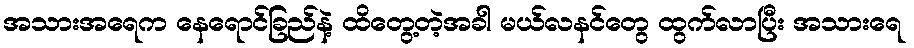
အသားအရေက နေရောင်ခြည်နဲ့ ထိတွေ့တဲ့အခါ မယ်လနင်တွေ ထွက်လာပြီး အသားရေ